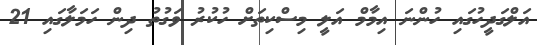
އަލްގަދީހުގައި ހުންނަ އިމާމް އަލީ މިސްކިތަށް ހުކުރު ވަގުތު ދިން ހަމަލާގައި 21